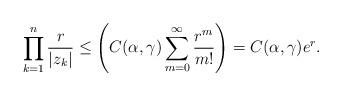
LaTeX: \begin{align*}\prod^{n}_{k=1}\frac{r}{|z_k|} \leq \left(C(\alpha,\gamma)\sum_{m=0}^{\infty}\frac{r^{m}}{m!}\right)= C(\alpha,\gamma) e^{r}.\end{align*}